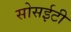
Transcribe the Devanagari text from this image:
सोसईटी